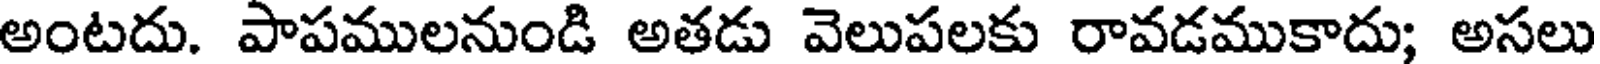
అంటదు. పాపములనుండి అతడు వెలుపలకు రావడముకాదు; అసలు